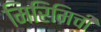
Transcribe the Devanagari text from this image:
मिरिमिची